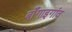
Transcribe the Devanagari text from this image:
बॉँगाइगांव